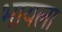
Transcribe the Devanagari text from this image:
भायला